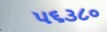
૫૬૩૮૦